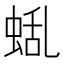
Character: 𮔑